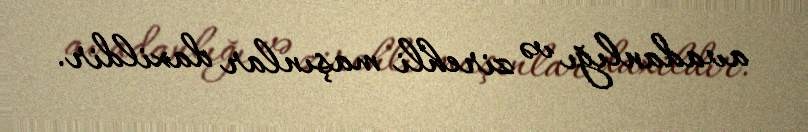
avadanlığı və zirehli maşınlar daxildir.